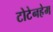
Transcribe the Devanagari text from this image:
टोटेनहेम